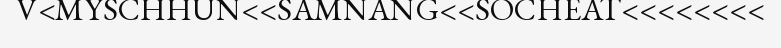
V<MYSCHHUN<<SAMNANG<<SOCHEAT<<<<<<<<